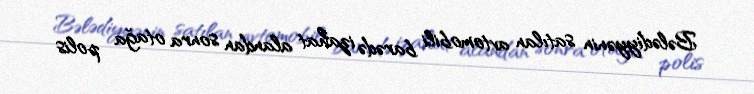
Bələdiyyənin satılan avtomobili barədə izahat alandan sonra otağa polis